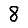
Digit: 8